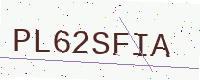
Text: PL62SFIA